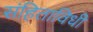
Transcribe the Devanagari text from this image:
संहिताविधी